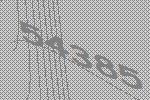
54385